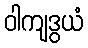
ဝါကျဒွယံ